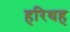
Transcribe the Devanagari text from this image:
हरिथह